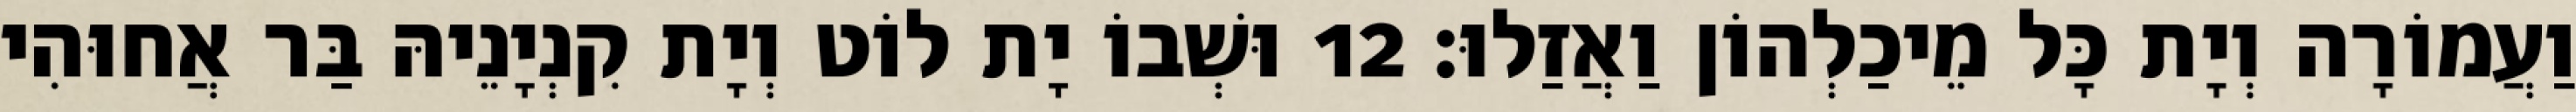
וַעֲמוֹרָה וְיָת כָּל מֵיכַלְהוֹן וַאֲזַלוּ׃ 12 וּשְׁבוֹ יָת לוֹט וְיָת קִנְיָנֵיהּ בַּר אֲחוּהִי